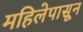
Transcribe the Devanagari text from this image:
महिलेपासून